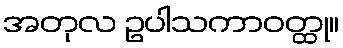
အတုလ ဥပါသကာဝတ္ထု။